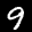
Label: 9